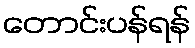
တောင်းပန်ရန်